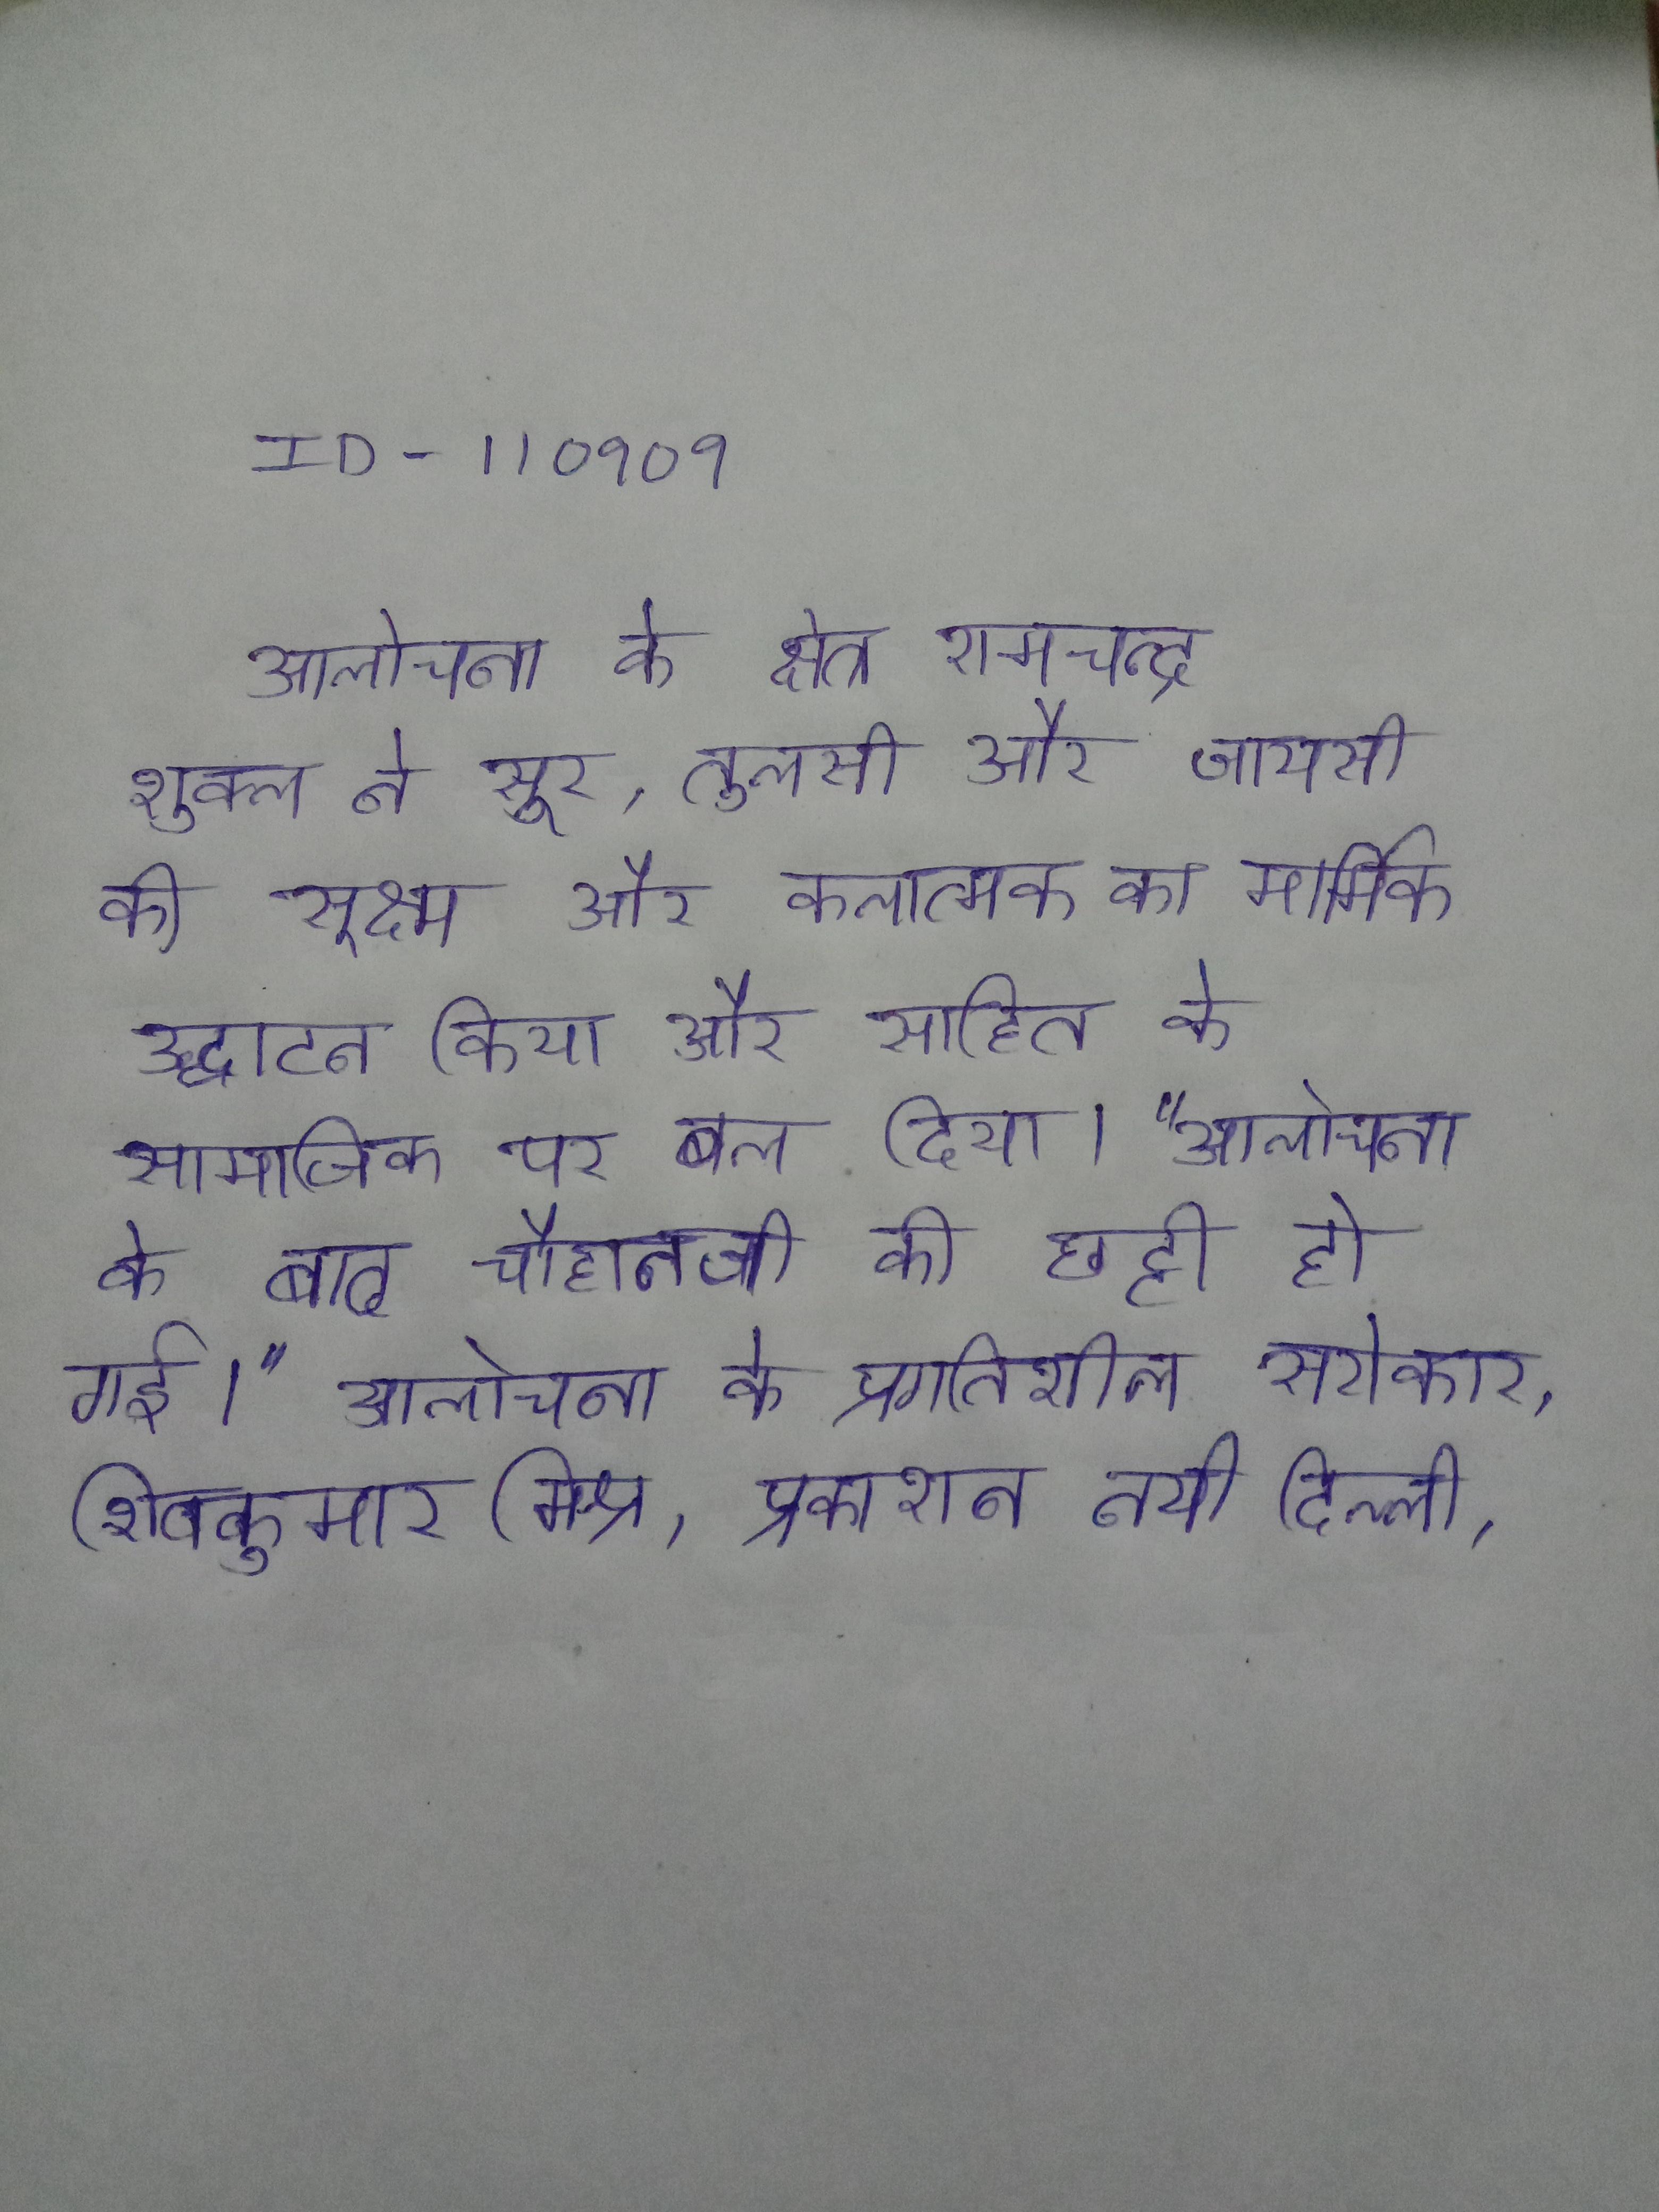
आलोचना के क्षेत्र रामचन्द्र शुक्ल ने सूर, तुलसी और जायसी की सूक्ष्म और कलात्मक का मार्मिक उद्घाटन किया और साहित्य के सामाजिक पर बल दिया । "आलोचना के के बाद चौहानजी की छुट्टी हो गई।" आलोचना के प्रगतिशील सरोकार, शिवकुमार मिश्र, प्रकाशन नयी दिल्ली, .